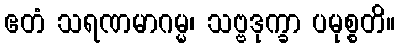
ဧတံ သရဏမာဂမ္မ၊ သဗ္ဗဒုက္ခာ ပမုစ္စတိ။